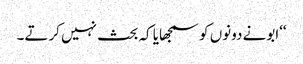
‘‘ابونے دونوں کو سمجھایا کہ بحث نہیں کرتے۔